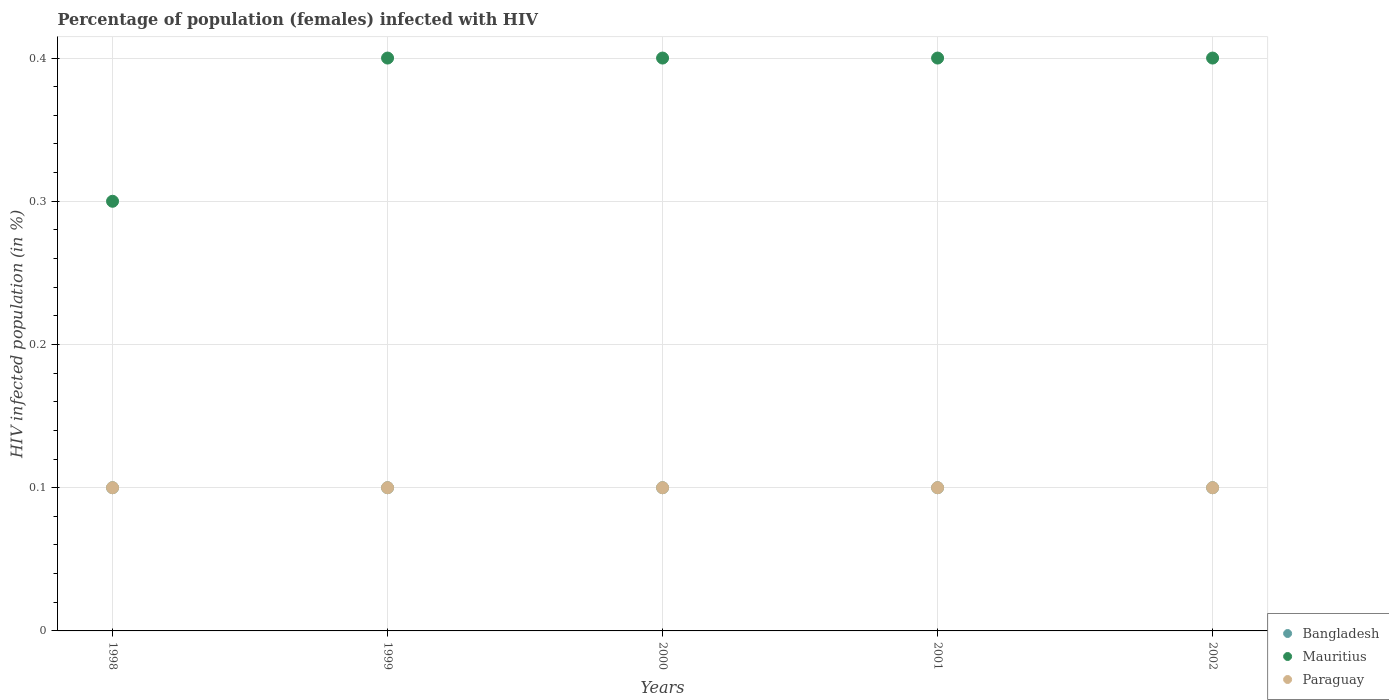
| Years | Bangladesh | Mauritius | Paraguay |
 | --- | --- | --- | --- |
 | 1998 | 0.1 | 0.3 | 0.1 |
 | 1999 | 0.1 | 0.4 | 0.1 |
 | 2000 | 0.1 | 0.4 | 0.1 |
 | 2001 | 0.1 | 0.4 | 0.1 |
 | 2002 | 0.1 | 0.4 | 0.1 |